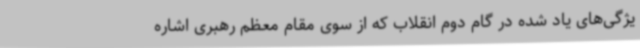
یژگی‌های یاد شده در گام دوم انقلاب که از سوی مقام معظم رهبری اشاره